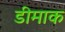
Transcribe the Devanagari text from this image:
डीमाक